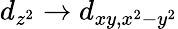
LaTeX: d_{z^{2}}\rightarrow d_{xy,x^{2}-y^{2}}